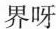
界呀